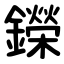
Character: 鑅